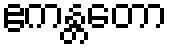
ဧကန္တတော